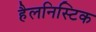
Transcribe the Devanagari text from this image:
हैलनिस्टिक